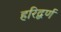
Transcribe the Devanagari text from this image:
हरिद्वर्ण